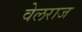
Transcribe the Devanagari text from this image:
वेलराज